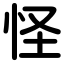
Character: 怪